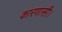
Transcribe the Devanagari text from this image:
कारणासी।